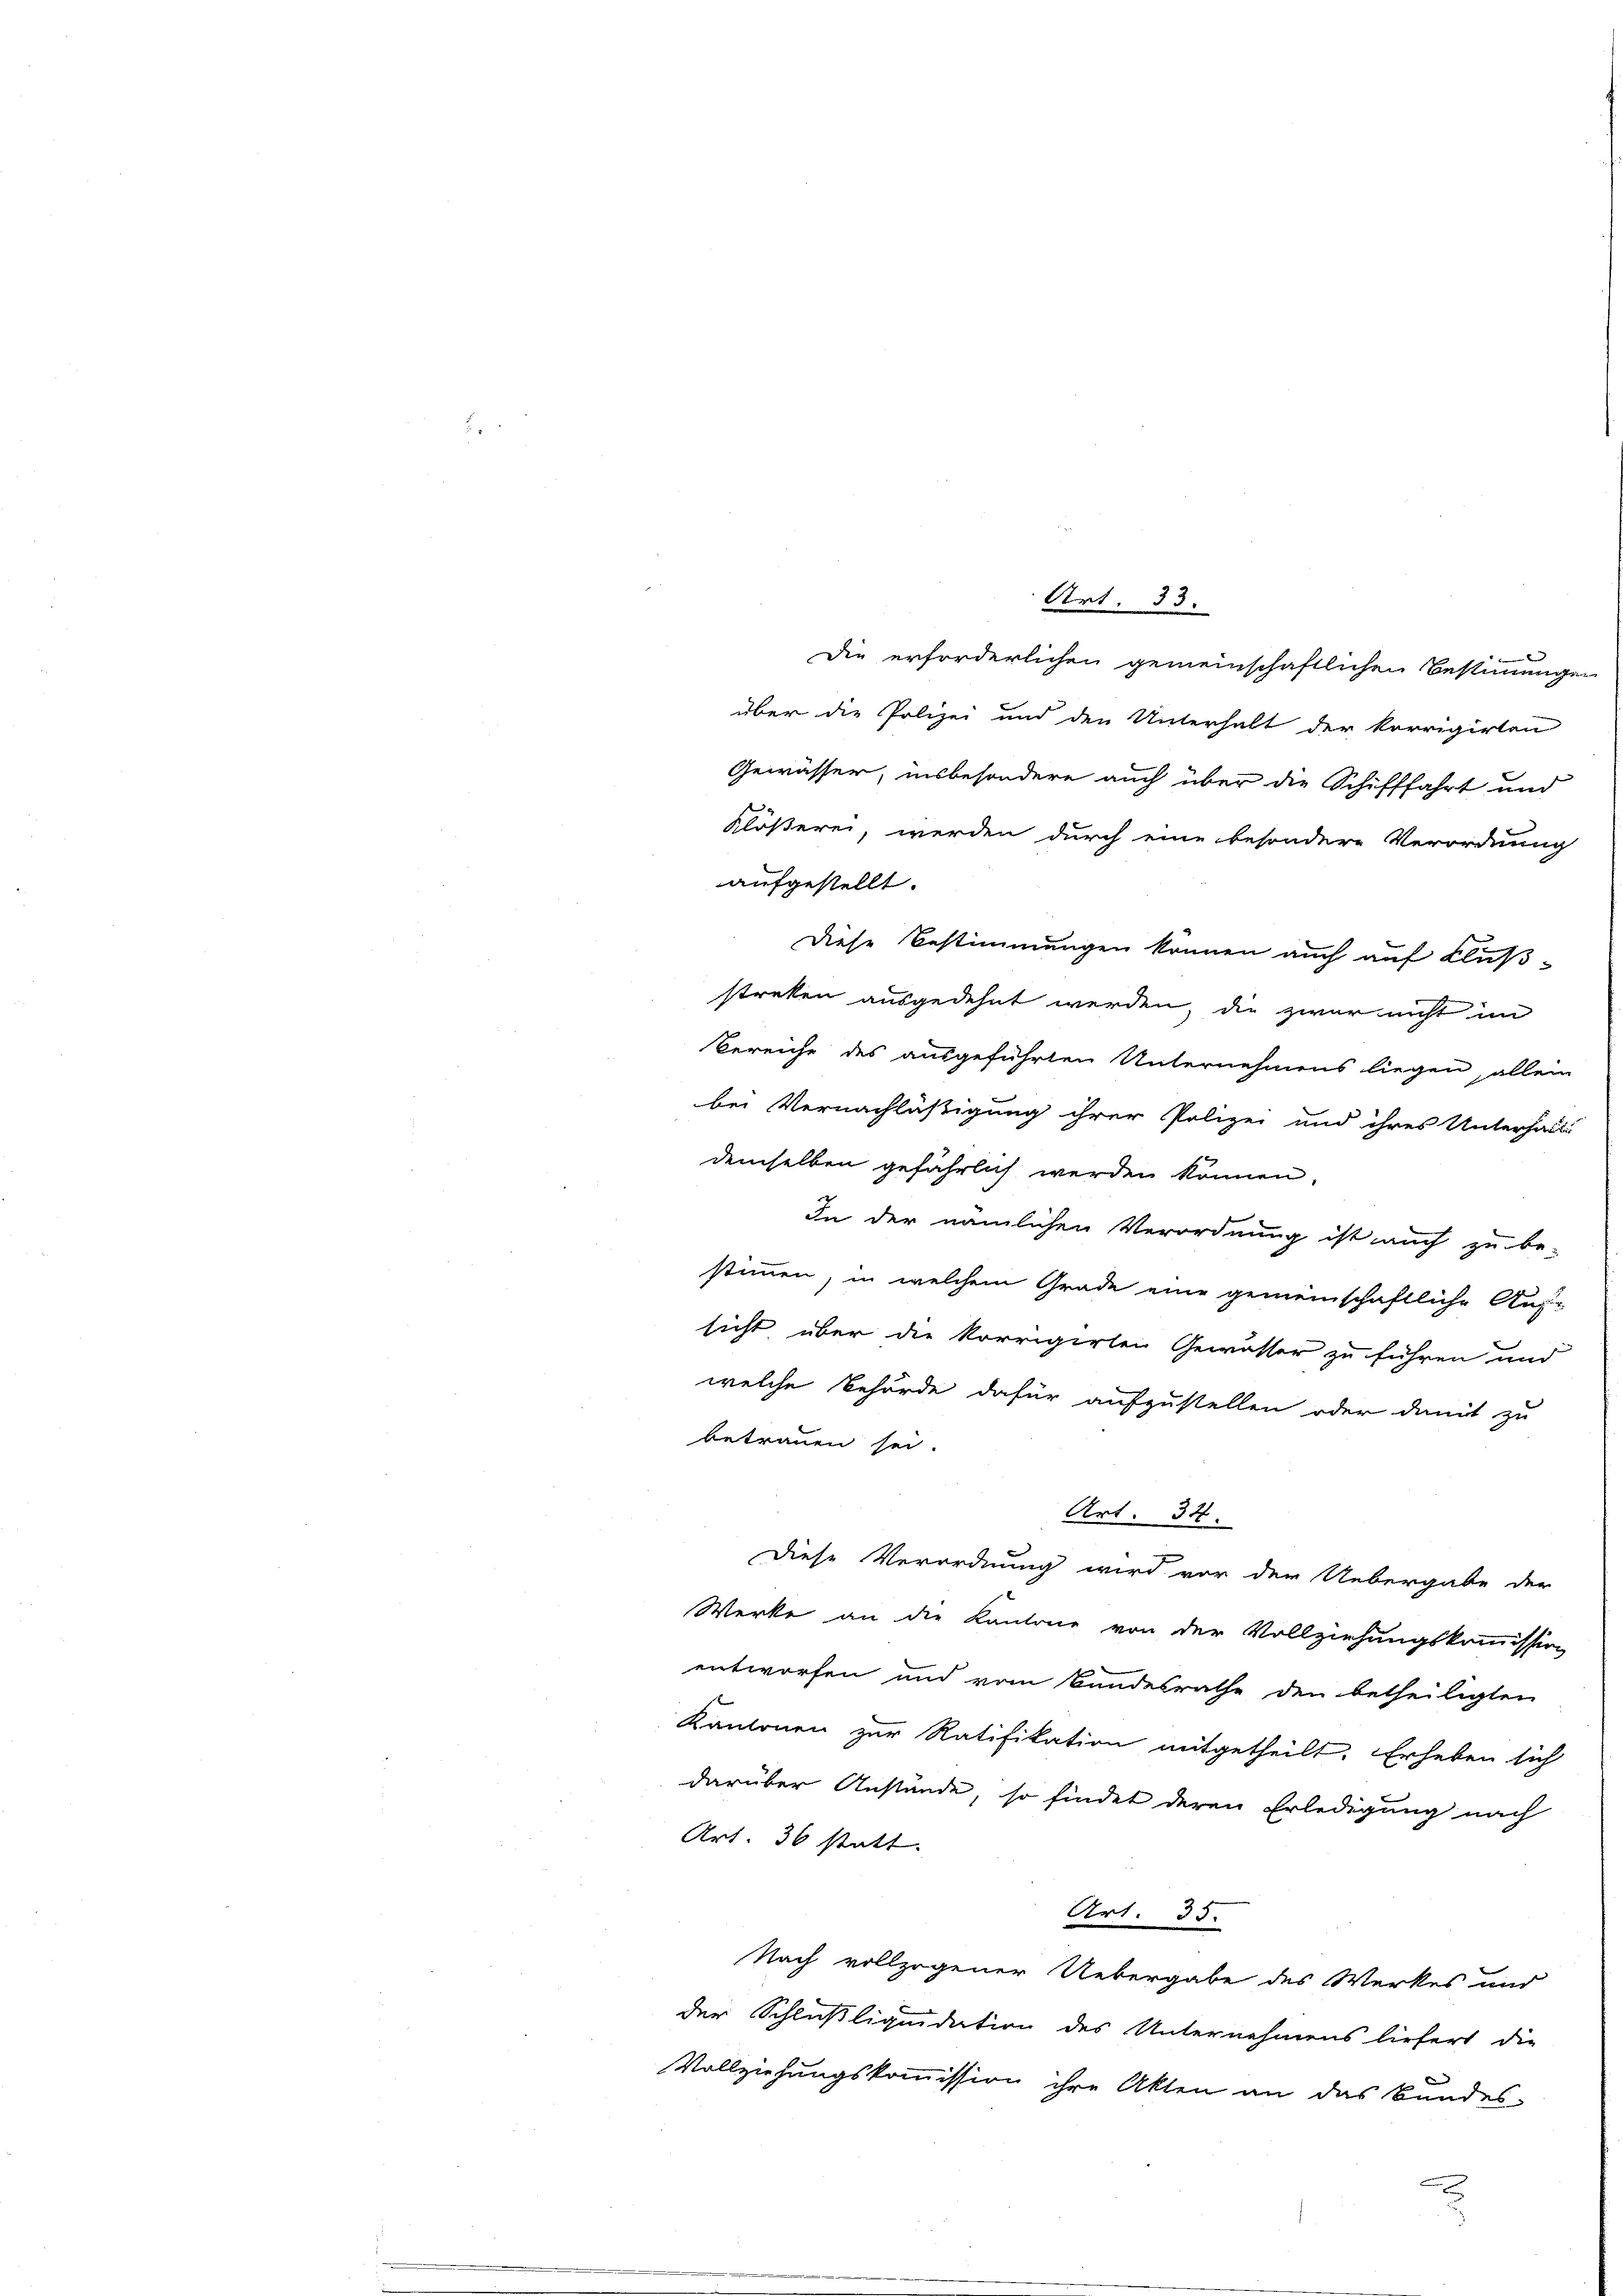
Die erforderlichen gemeinschaftlichen Bestimmigen
über die Polizei und den Unterhalt der korrigirten
Bereiche des ausgeführten Unternehmens liegen, allein
bei Vernachläßigung ihrer Polizei und ihres Unterhalt
demselben gefährlich werden können,
In der nämlichen Verordnung ist auch zu be-
stimmen, in welchem Grade eine gemeinschaftliche Auf-
sicht über die korrigirten Gewässer zu führen und
welche Behörde dafür aufzustellen oder damit zu
betrauen sei.
Art. 34.
Diese Verordnung wird vor der Uebergabe der
Werke an die Kantone von der Vollziehungskommission
entworfen und vom Bundesrathe den betheiligten
Kantonen zur Ratifikation mitgetheilt. Erheben sich
darüber Anstände, so findet deren Erledigung nach
Art. 36 statt.
Art. 35.
Nach vollzogener Uebergabe des Werkes und
der Schlußliquidation des Unternehmens liefert, die
Vollziehungskommission ihre Akten an das Bundes-

Gewässer, insbesondere auch über die Schifffahrt und
Klößerei, werden durch eine besondere Verordnung
aufgestellt.
Diese Bestimmungen können auch auf Flußstreken ausgedehnt werden, die zwar nicht im

Art. 33.